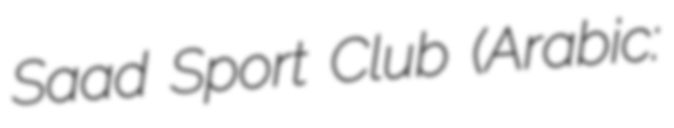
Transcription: Saad Sport Club (Arabic: